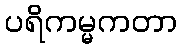
ပရိကမ္မကတာ